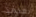
نعتمد